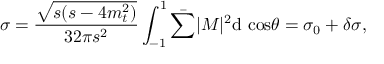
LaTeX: \sigma = \frac { \sqrt { s ( s - 4 m _ { t } ^ { 2 } ) } } { 3 2 \pi s ^ { 2 } } \int _ { - 1 } ^ { 1 } \bar { \sum } | M | ^ { 2 } \mathrm { d \ c o s } \theta = \sigma _ { 0 } + \delta \sigma ,